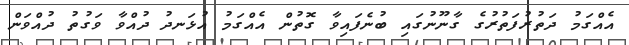
އެއްގަމު ދަތުރުފަތުރުގެ ގާނޫނުގައި ބުނެފައިވާ ގޮތުން އެއްގަމު އުޅަނދު ދުއްވާ ވަގުތު ދުއްވަން